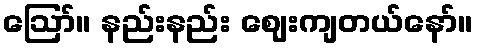
ဪ။ နည်းနည်း ဈေးကျတယ်နော်။